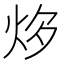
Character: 𤇔